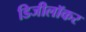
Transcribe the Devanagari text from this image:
डिजीलॉकर